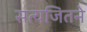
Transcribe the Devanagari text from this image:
सत्यजितने